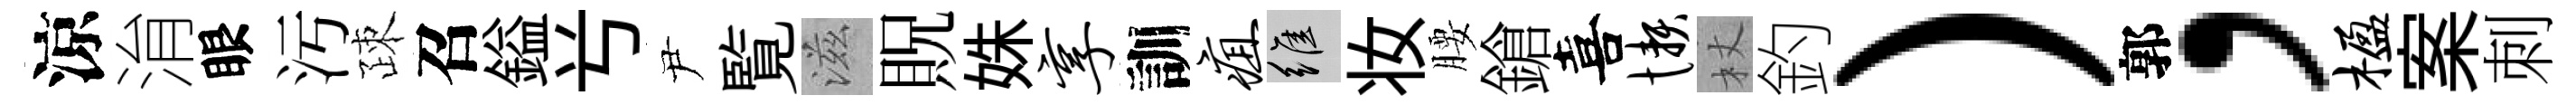
涼㳙眼汚疎召鎰𠔃尹覧滋貺姝享訓疽維妆腰鎗喜懒杖釣）郭，楹案刺